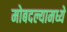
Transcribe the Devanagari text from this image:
मोबदल्यामध्ये